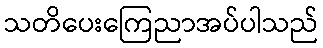
သတိပေးကြေညာအပ်ပါသည်